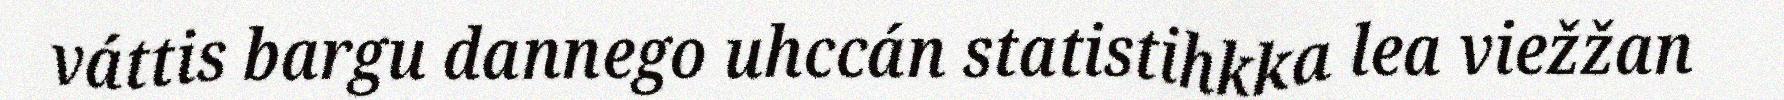
váttis bargu dannego uhccán statistihkka lea viežžan